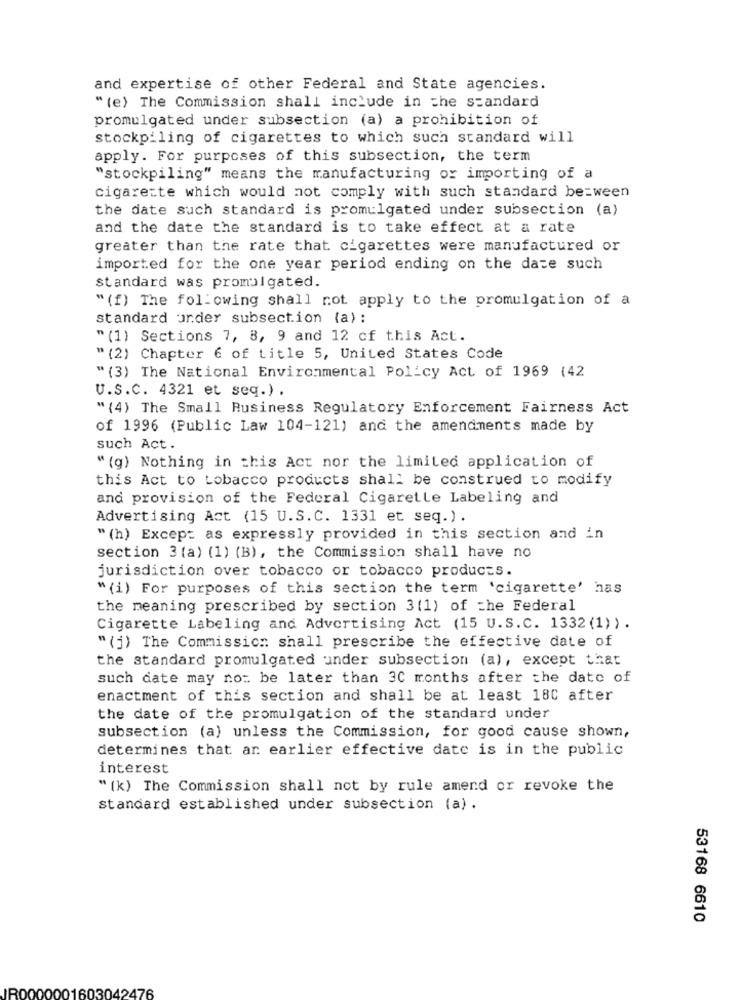
and expertise of other Federal and State agencies.
" (e) The Commission shall include in the standard
promulgated under subsection (a) a prohibition of
stockpiling of cigarettes to which such standard will
apply. For purposes of this subsection, the term
"stockpiling" means the manufacturing or importing of a
cigarette which would not comply with such standard between
the date such standard is promulgated under subsection (a)
and the date the standard is to take effect at a rate
greater than the rate that cigarettes were manufactured or
imported for the one year period ending on the date such
standard was promulgated.
" (f) The following shall not apply to the promulgation of a
standard under subsection (a) :
" (1) Sections 7, 8, 9 and 12 of this Act.
" (2) Chapter 6 of title 5, United States Code
" (3) The National Environmental Policy Act of 1969 (42
U.S.C. 4321 et seq.) .
" (4) The Small Business Regulatory Enforcement Fairness Act
of 1996 (Public Law 104-121) and the amendments made by
such Act.
" (g) Nothing in this Act nor the limited application of
this Act to tobacco products shall be construed to modify
and provision of the Federal Cigaretle Labeling and
Advertising Act (15 U.S.C. 1331 et seq.) .
" (h) Except as expressly provided in this section and in
section 3 (a) (1) (B), the Commission shall have no
jurisdiction over tobacco or tobacco products.
" (i) For purposes of this section the term 'cigarette' has
the meaning prescribed by section 3(1) of the Federal
Cigarette Labeling and Advertising Act (15 U.S.C. 1332 (1)).
" (j) The Commission shall prescribe the effective date of
the standard promulgated under subsection (a), except that
such date may not be later than 30 months after the date of
enactment of this section and shall be at least 18C after
the date of the promulgation of the standard under
subsection (a) unless the Commission, for good cause shown,
determines that ar earlier effective date is in the public
interest
" (k) The Commission shall not by rule amend or revoke the
standard established under subsection (a).
53168 6610
IROO
1603042476